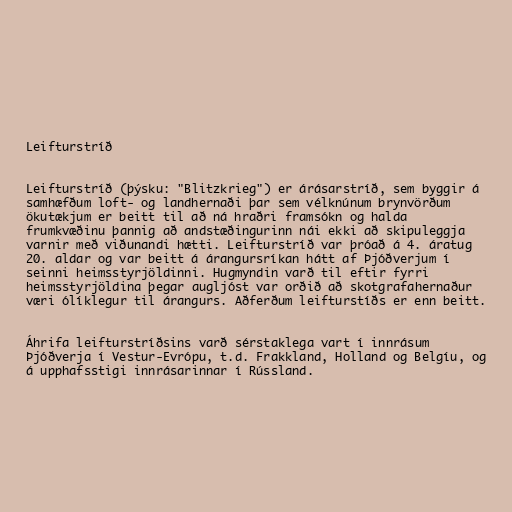
Leifturstríð

Leifturstríð (þýsku: "Blitzkrieg") er árásarstríð, sem byggir á
samhæfðum loft- og landhernaði þar sem vélknúnum brynvörðum
ökutækjum er beitt til að ná hraðri framsókn og halda
frumkvæðinu þannig að andstæðingurinn nái ekki að skipuleggja
varnir með viðunandi hætti. Leifturstríð var þróað á 4. áratug
20. aldar og var beitt á árangursríkan hátt af Þjóðverjum í
seinni heimsstyrjöldinni. Hugmyndin varð til eftir fyrri
heimsstyrjöldina þegar augljóst var orðið að skotgrafahernaður
væri ólíklegur til árangurs. Aðferðum leifturstíðs er enn beitt.

Áhrifa leifturstríðsins varð sérstaklega vart í innrásum
Þjóðverja í Vestur-Evrópu, t.d. Frakkland, Holland og Belgíu, og
á upphafsstigi innrásarinnar í Rússland.